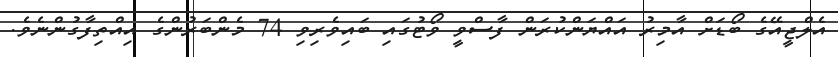
އެލްޖީއޭގެ ބޯޑަށް އާމިރު އައްޔަންކުރަން ފާސްވީ ވޯޓުގައި ބައިވެރިވި 74 މެންބަރުންގެ އިއްތިފާގުންނެވެ.